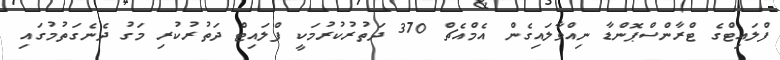
ފްލައިޓްގެ ޓްރާންސްޕޮންޑާ ނިއްވާލައިގެން އެމްއެޗް 370 ދަތުރުކުރުމަކީ ފްލައިޓް ދަތުރުކުރި މަގު ދެނެގަތުމުގައި